65_HS1-834228961_62-HQ-83894_Section_10
Agency: FBI
Page 79
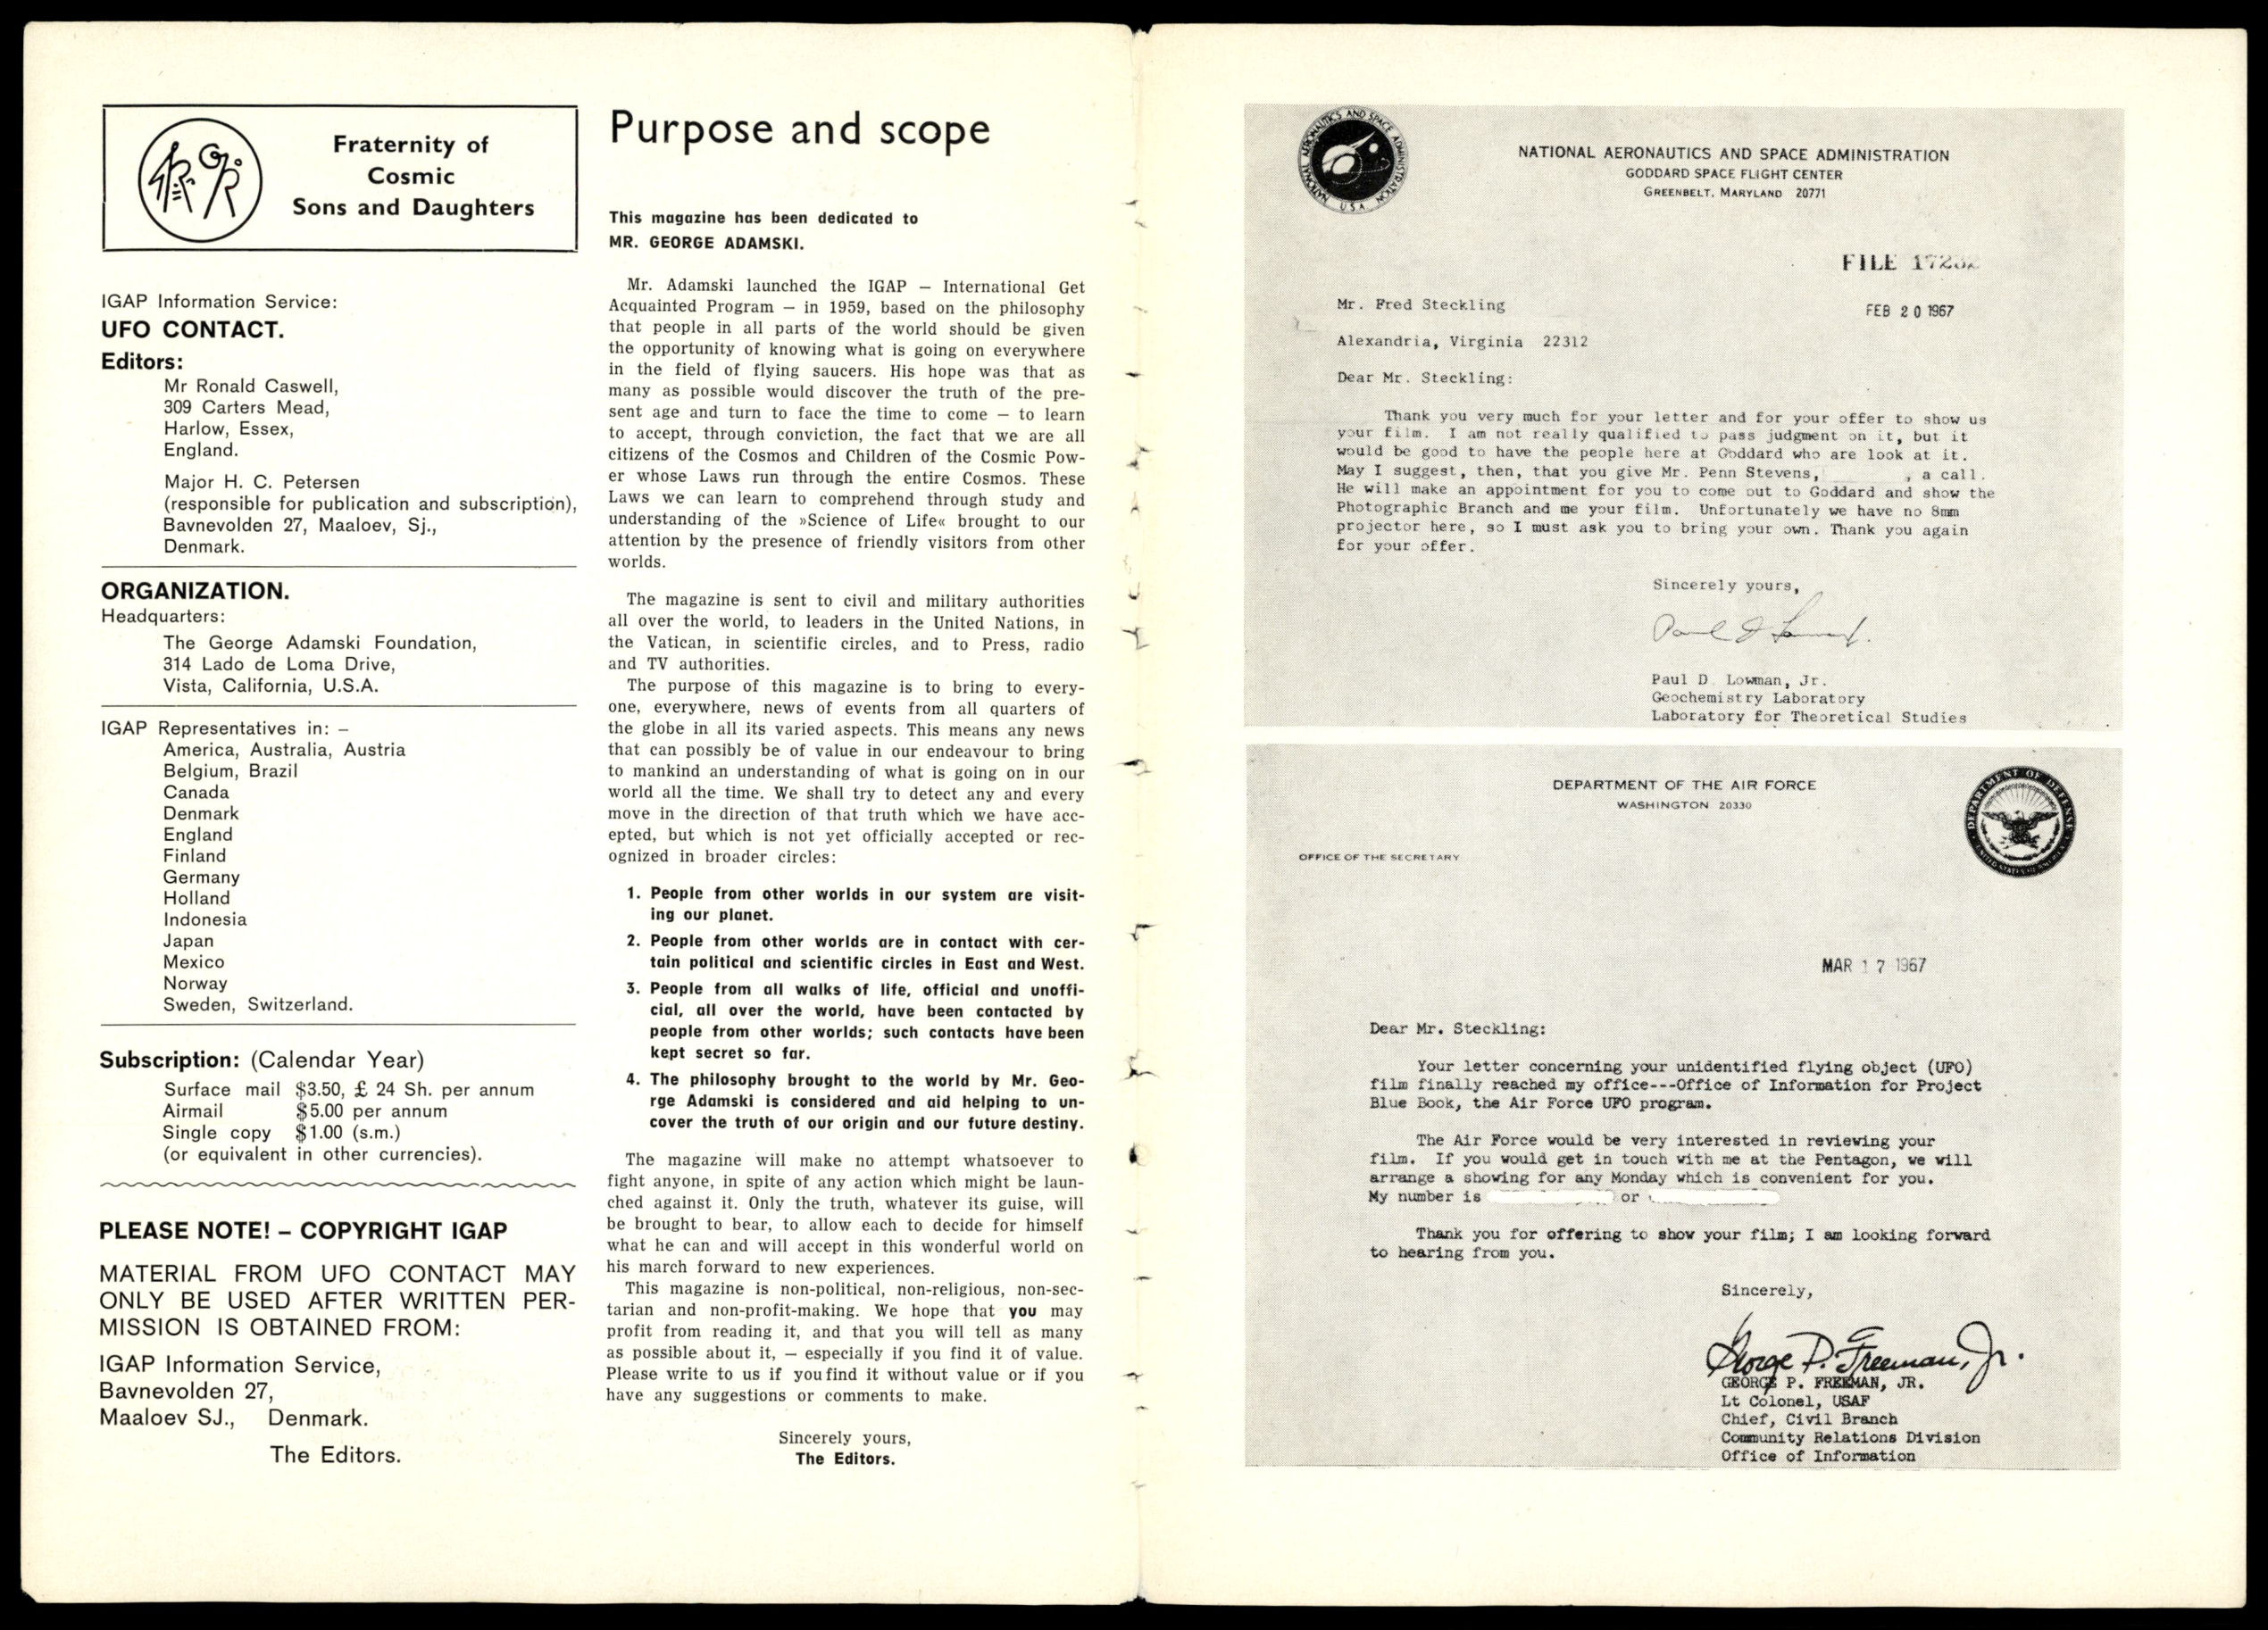